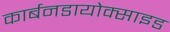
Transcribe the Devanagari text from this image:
कार्बनडायोक्साइड